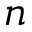
n